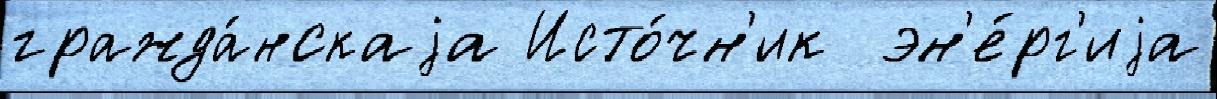
гражда́нскаjа Исто́чн'ик  эн'е́рг'иjа